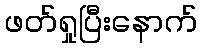
ဖတ်ရှုပြီးနောက်